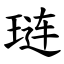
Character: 琏